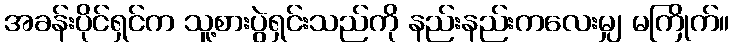
အခန်းပိုင်ရှင်က သူ့စားပွဲရှင်းသည်ကို နည်းနည်းကလေးမျှ မကြိုက်။